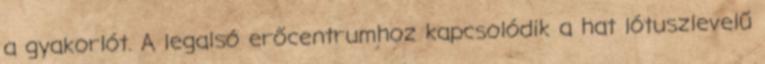
a gyakorlót. A legalsó erőcentrumhoz kapcsolódik a hat lótuszlevelű